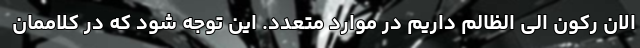
الان رکون الی الظالم داریم در موارد متعدد. این توجه شود که در کلاممان